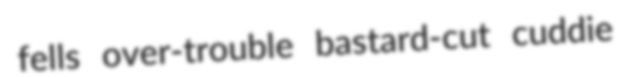
fells over-trouble bastard-cut cuddie